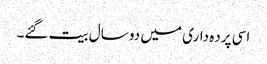
اسی پرده داری میں دو سال بیت گئے۔